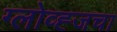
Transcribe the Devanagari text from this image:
ग्लोव्ह्जचा